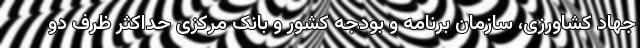
جهاد کشاورزی، سازمان برنامه و بودجه کشور و بانک مرکزی حداکثر ظرف دو